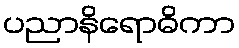
ပညာနိရောဓိကာ